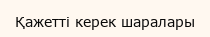
Қажетті керек шаралары